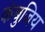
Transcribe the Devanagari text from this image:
कंबुजिय